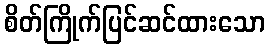
စိတ်ကြိုက်ပြင်ဆင်ထားသော